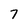
Character: 7